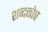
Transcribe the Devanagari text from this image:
शब्‍दकोष